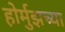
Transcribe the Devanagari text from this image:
होर्मुझच्या